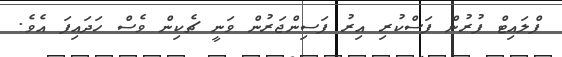
ފްލައިޓް ފުރުން ފަސްކުރި އިރު ފަސިންޖަރުން ވަނީ ޗެކިން ވެސް ހަދައިފަ އެވެ.